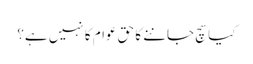
کیا سچ جاننے کا حق عوام کا نہیں ہے؟